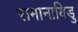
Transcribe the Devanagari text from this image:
रामानायिडु